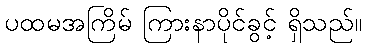
ပထမအကြိမ် ကြားနာပိုင်ခွင့် ရှိသည်။